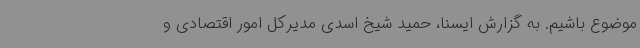
موضوع باشیم. به گزارش ایسنا، حمید شیخ اسدی مدیرکل امور اقتصادی و